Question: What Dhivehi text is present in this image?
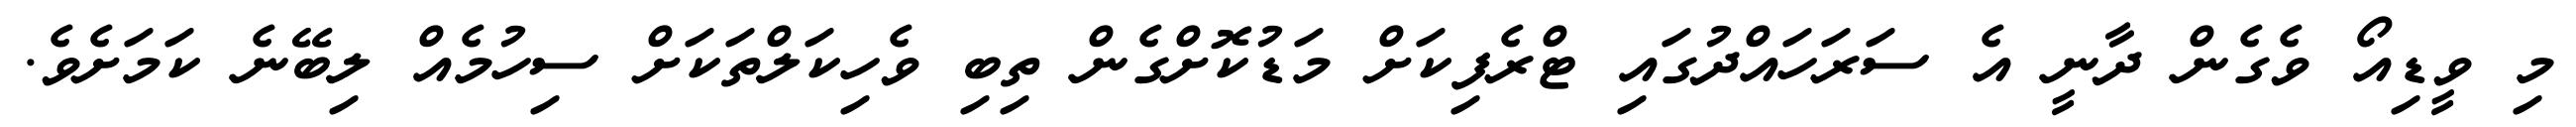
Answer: މި ވީޑިއޯ ވެގެން ދާނީ އެ ސަރަހައްދުގައި ޓްރެފިކަށް މަޑުކޮށްގެން ތިބި ވެހިކަލްތަކަށް ސިހުމެއް ލިބޭނެ ކަމަށެވެ.